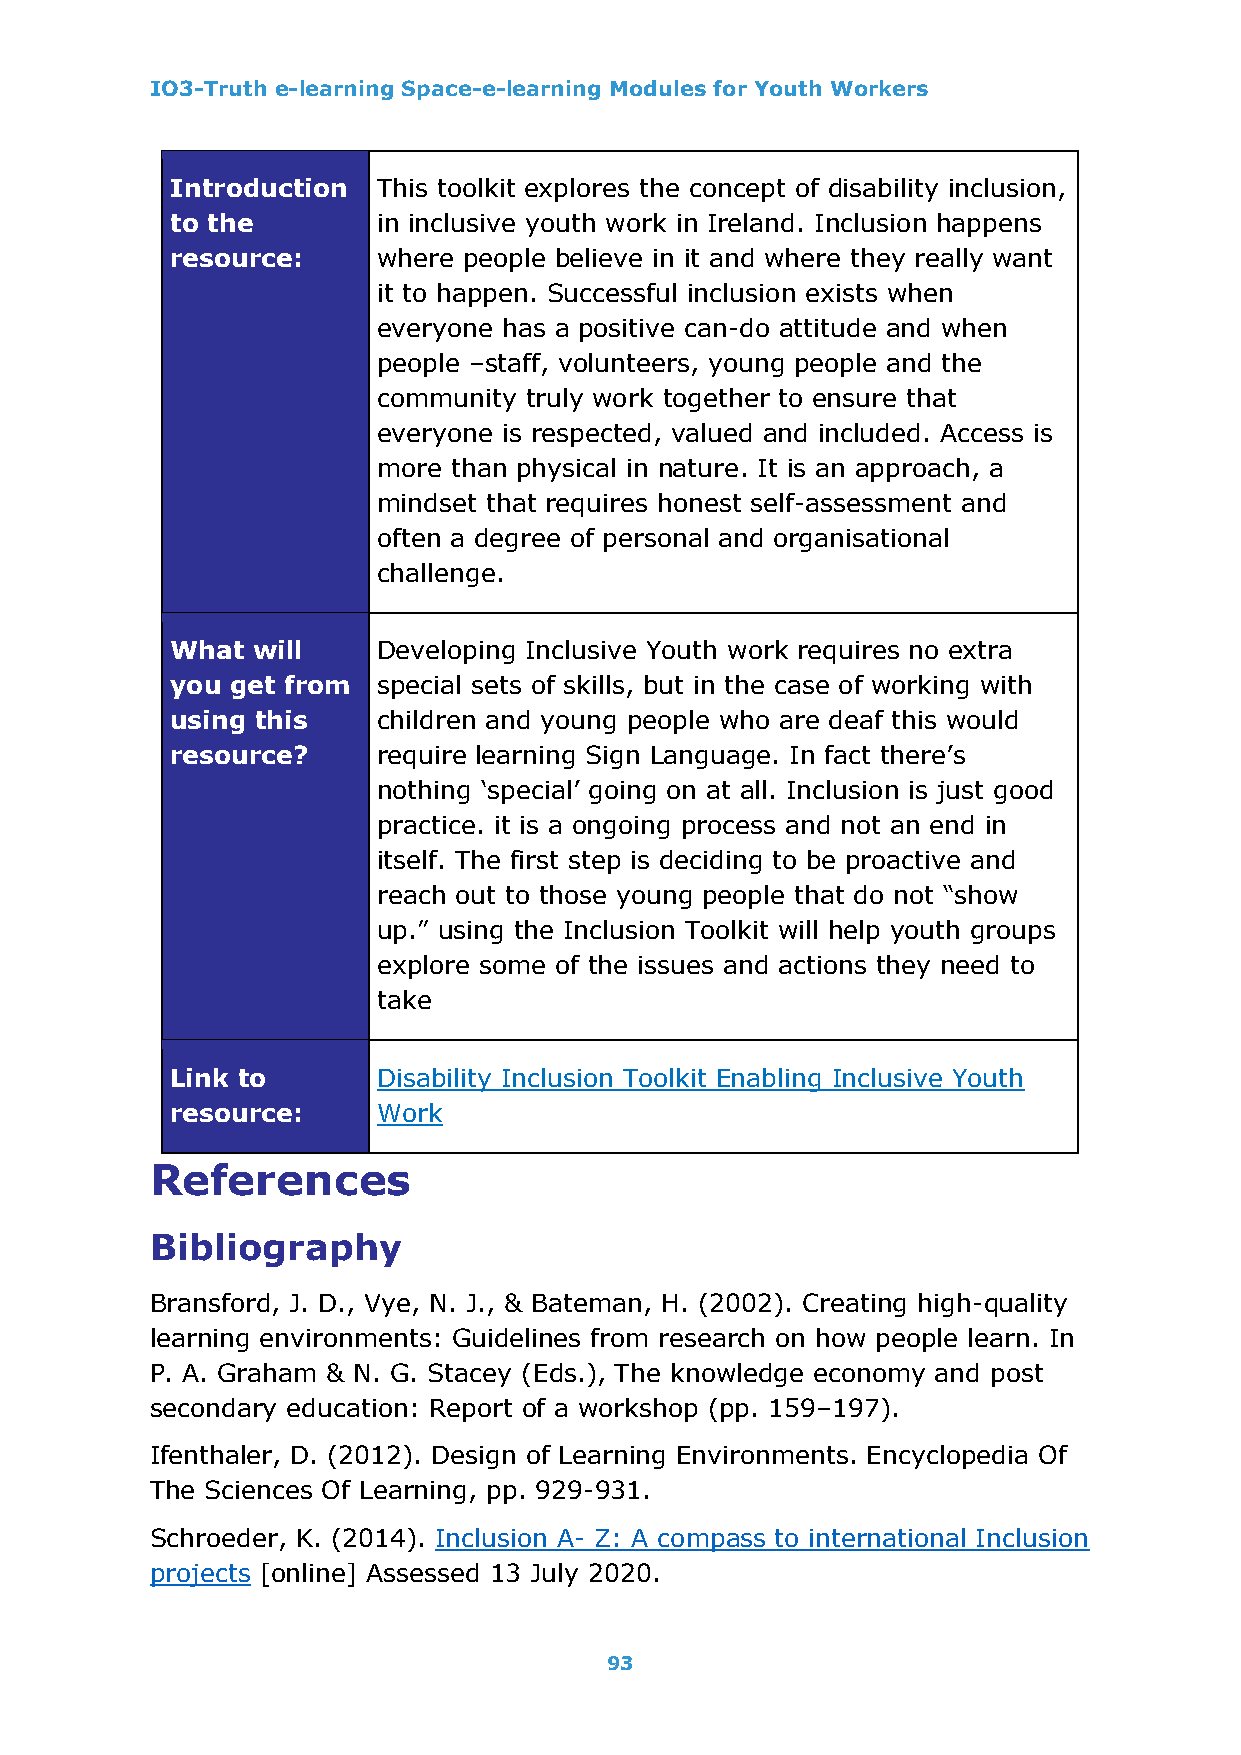
IO3-Truth e-learning Space-e-learning Modules for Youth Workers
 Introduction  This toolkit explores the concept of disability inclusion,
 to the        in inclusive youth work in Ireland. Inclusion happens
 resource:     where people believe in it and where they really want
 it to happen. Successful inclusion exists when
 everyone has a positive can-do attitude and when
 people –staff, volunteers, young people and the
 community truly work together to ensure that
 everyone is respected, valued and included. Access is
 more than physical in nature. It is an approach, a
 mindset that requires honest self-assessment and
 often a degree of personal and organisational
 challenge.
 What  will    Developing Inclusive Youth work requires no extra
 you get from  special sets of skills, but in the case of working with
 using this    children and young people who are deaf this would
 resource?     require learning Sign Language. In fact there’s
 nothing ‘special’ going on at all. Inclusion is just good
 practice. it is a ongoing process and not an end in
 itself. The first step is deciding to be proactive and
 reach out to those young people that do not “show
 up.” using the Inclusion Toolkit will help youth groups
 explore some of the issues and actions they need to
 take
 Link to       Disability Inclusion Toolkit Enabling Inclusive Youth
 resource:     Work
 References
 Bibliography
 Bransford, J. D., Vye, N. J., & Bateman, H. (2002). Creating high-quality
 learning environments: Guidelines from research on how people learn. In
 P. A. Graham & N. G. Stacey (Eds.), The knowledge economy and post
 secondary education: Report of a workshop (pp. 159–197).
 Ifenthaler, D. (2012). Design of Learning Environments. Encyclopedia Of
 The Sciences Of Learning, pp. 929-931.
 Schroeder, K. (2014). Inclusion A- Z: A compass to international Inclusion
 projects [online] Assessed 13 July 2020.
 93